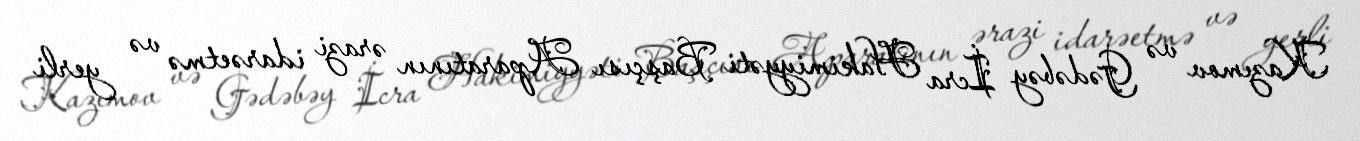
Kazımov və Gədəbəy İcra Hakimiyyəti Başçısı Aparatının ərazi idarəetmə və yerli